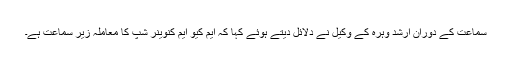
سماعت کے دوران ارشد وہرہ کے وکیل نے دلائل دیتے ہوئے کہا کہ ایم کیو ایم کنوینر شپ کا معاملہ زیر سماعت ہے۔